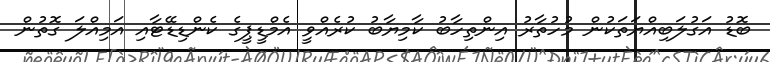
ބޮޑު އަގުލަބިއްޔަތަކުން މުހުތާރު އިންތިހާބު ކާމިޔާބު ކުރެއްވީ އެމްޑީޕީގެ ކެންޑިޑޭޓާއި އަމިއްލަ ގޮތުން